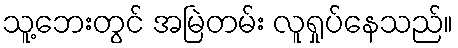
သူ့ဘေးတွင် အမြဲတမ်း လူရှုပ်နေသည်။